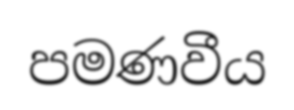
පමණවීය